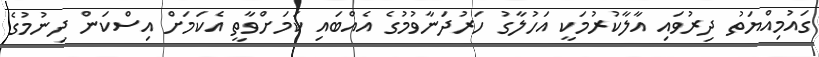
ގައުމިއްޔަތު ދިރުވައި އާލާކުރުމަކީ އަހުލާގު ހަރުދަނާވުމުގެ އެއްބައި ކަމަށްވާތީ އެކަމަށް އިސްކަން ދިނުމުގެ